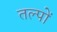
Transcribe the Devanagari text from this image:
तल्पों